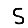
Digit: 5